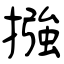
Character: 摾